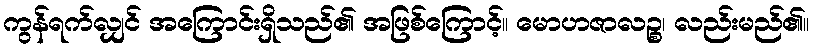
ကွန်ရက်လျှင် အကြောင်းရှိသည်၏ အဖြစ်ကြောင့်။ မောဟဇာလဉ္စ၊ လည်းမည်၏။